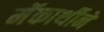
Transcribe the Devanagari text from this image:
मॅकार्थीने